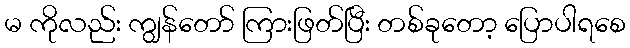
မ ကိုလည်း ကျွန်တော် ကြားဖြတ်ပြီး တစ်ခုတော့ ပြောပါရစေ